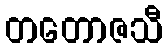
တတောဇသီ